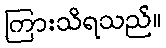
ကြားသိရသည်။